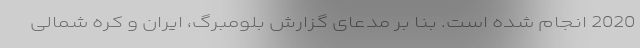
2020 انجام شده است. بنا بر مدعای گزارش بلومبرگ، ایران و کره شمالی